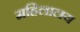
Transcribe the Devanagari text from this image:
महिलालय